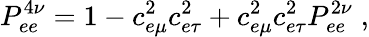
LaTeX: P_{ee}^{4\nu}=1-c_{e\mu}^{2}c_{e\tau}^{2}+c_{e\mu}^{2}c_{e\tau}^{2}P_{ee}^{2\nu}\; ,